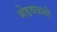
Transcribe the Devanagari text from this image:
भेंडवळशी